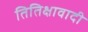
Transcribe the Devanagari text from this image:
तितिक्षावादी